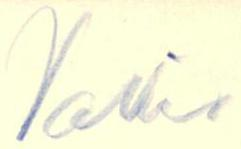
Valko